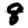
Digit: 8